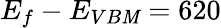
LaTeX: E_{f}-E_{VB\mathit{M}}=620